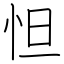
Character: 怛